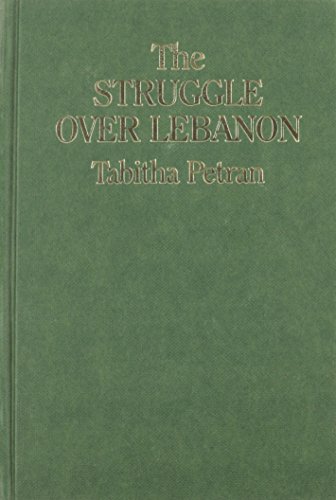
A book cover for Struggle Over Lebanon; Tabitha Petran; History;